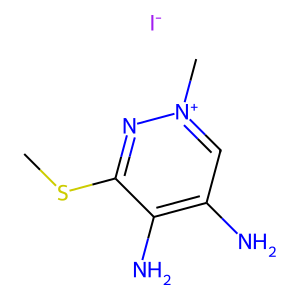
SMILES: CSc1n[n+](C)cc(N)c1N.[I-]
Inhibits HIV replication: No